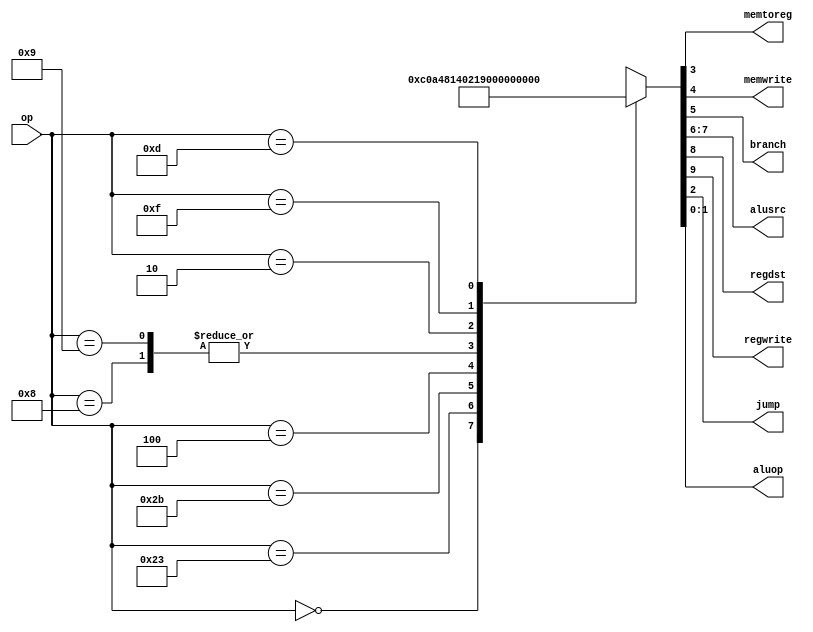
module maindec(input  [5:0] op,
               output       memtoreg, memwrite,
               output       branch,
               output [1:0] alusrc,
               output       regdst, regwrite,
               output       jump,
               output [1:0] aluop);

  reg [9:0] controls;

  assign {regwrite, regdst, alusrc,
          branch, memwrite,
          memtoreg, jump, aluop} = controls;

  // Implemented instructions:
  // lw, sw
  // beq, j
  // addi, addiu,
  // ori,
  // lui,
  // add, sub, and, or, slt, 
  always @(*)
    case(op)
      6'b000000: controls = 10'b11_00_0000_10; //Rtype
      6'b100011: controls = 10'b10_01_0010_00; //LW
      6'b101011: controls = 10'b00_01_0100_00; //SW
      6'b000100: controls = 10'b00_00_1000_01; //BEQ
      6'b001000: controls = 10'b10_01_0000_00; //ADDI
      6'b001001: controls = 10'b10_01_0000_00; //ADDIU same as addi - ignore overflows
      6'b000010: controls = 10'b00_00_0001_00; //J
      6'b001111: controls = 10'b10_10_0000_00; //LUI
      6'b001101: controls = 10'b10_01_0000_11; //ORI
      default:   controls = 10'bxx_xx_xxxxxx; //???
    endcase
endmodule